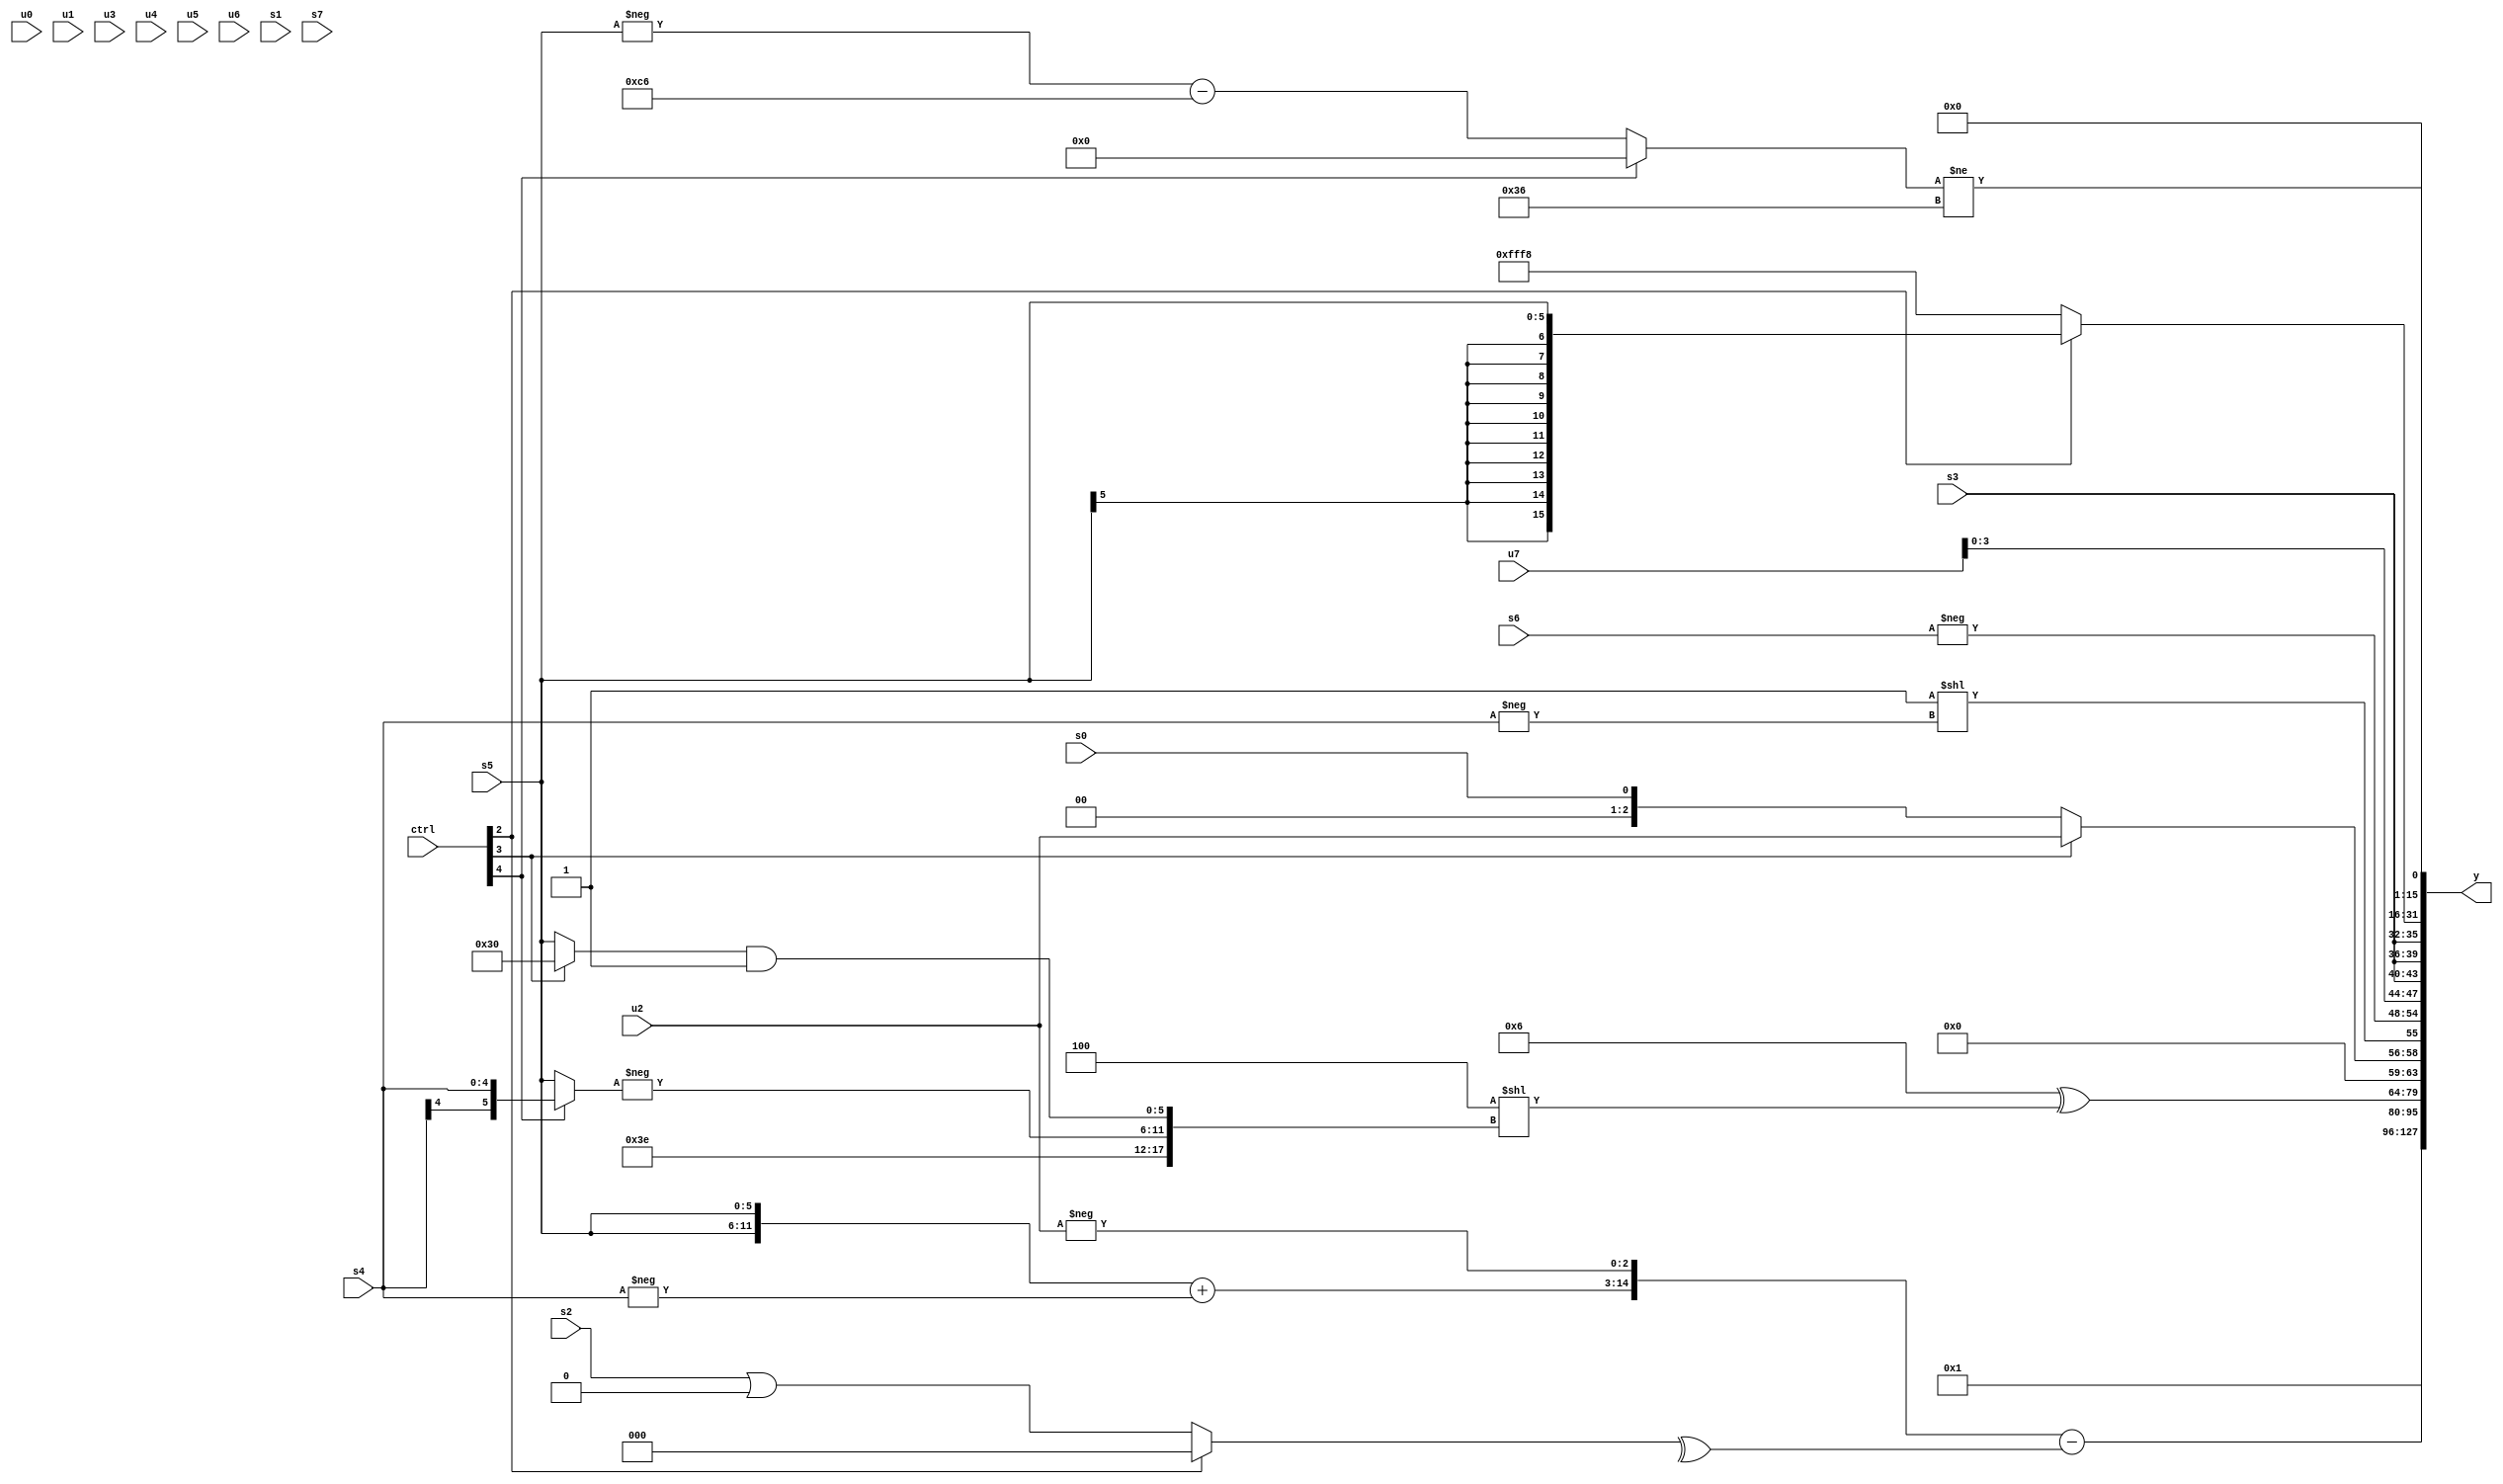
module wideexpr_00286(ctrl, u0, u1, u2, u3, u4, u5, u6, u7, s0, s1, s2, s3, s4, s5, s6, s7, y);
  input [7:0] ctrl;
  input [0:0] u0;
  input [1:0] u1;
  input [2:0] u2;
  input [3:0] u3;
  input [4:0] u4;
  input [5:0] u5;
  input [6:0] u6;
  input [7:0] u7;
  input signed [0:0] s0;
  input signed [1:0] s1;
  input signed [2:0] s2;
  input signed [3:0] s3;
  input signed [4:0] s4;
  input signed [5:0] s5;
  input signed [6:0] s6;
  input signed [7:0] s7;
  output [127:0] y;
  wire [15:0] y0;
  wire [15:0] y1;
  wire [15:0] y2;
  wire [15:0] y3;
  wire [15:0] y4;
  wire [15:0] y5;
  wire [15:0] y6;
  wire [15:0] y7;
  assign y = {y0,y1,y2,y3,y4,y5,y6,y7};
  assign y0 = 3'sb000;
  assign y1 = 2'b01;
  assign y2 = ({{3{(s1)>=(~|(5'sb10011))}},{3{(~&(3'sb101))<<((5'sb11000)<<(2'sb01))}},({2{$signed(s5)}})+(-(+(s4))),-(u2)})-(^((ctrl[2]?1'sb0:($signed(s2))|(2'sb00))));
  assign y3 = (6'sb000110)^((5'sb11100)<<({-($unsigned(3'sb101)),$signed((3'sb110)|(4'sb1000)),-((ctrl[4]?s4:s5)),((ctrl[3]?5'sb10000:s5))&(+(1'sb1))}));
  assign y4 = $unsigned({(ctrl[3]?u2:s0),(1'sb1)<<($signed(-(s4))),-(s6)});
  assign y5 = {4{$unsigned(+({((-(s7))-((3'sb100)>>>(s2)))-(s2),$signed(-((ctrl[1]?s5:s1))),$signed(u7),{3{s3}}}))}};
  assign y6 = (ctrl[2]?$signed(s5):4'sb1000);
  assign y7 = $unsigned($signed($signed(((ctrl[4]?1'sb0:(-(s5))-(-(6'sb111010))))!=(+(+({5'b00110,3'b110}))))));
endmodule